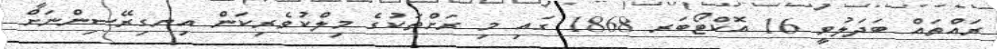
ރައްތައް ބަދަލުވީ 16 އޮކްޓޯބަރ 1868 ގައި މި ރަށްތަކުގެ މިލްކުވެރިކަން އިނގިރޭސިންނަށް